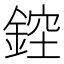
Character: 𨨁